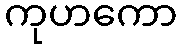
ကုဟကော